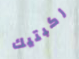
ركبتيك